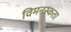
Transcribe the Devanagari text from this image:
विमनस्कता